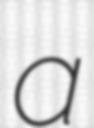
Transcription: a